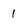
Character: 1